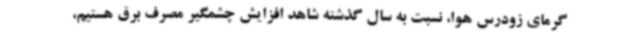
گرمای زودرس هوا، نسبت به سال گذشته شاهد افزایش چشمگیر مصرف برق هستیم،